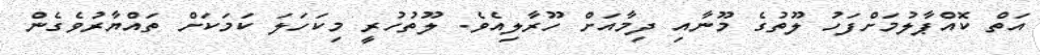
އަތް ކޮއްޕާލުމަށްފަހު ލޫތުގެ މޫނާއި ދިމާއަށް ހޫރާލިއެވެ. ލޫތުހުރީ މިކަހަލަ ކަމަކަށް ތައްޔާރުވެގެން